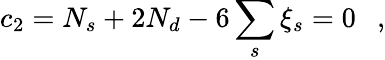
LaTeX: c_{2}=N_{s}+2N_{d}-6\sum_{s}\xi_{s}=0~~~,